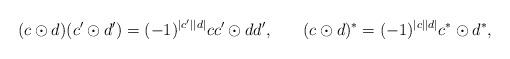
LaTeX: \begin{align*} (c\odot d)(c'\odot d') &= (-1)^{|c'||d|}cc'\odot dd', & (c\odot d)^{*} &= (-1)^{|c||d|} c^{*}\odot d^{*}, \end{align*}